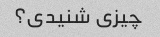
چیزی شنیدی؟